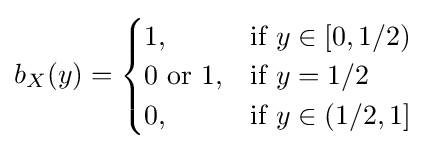
b_{X}(y)={\begin{cases}1,&{\mbox{if  }}y\in \left[0,1/2\right)\\0{\text{ or }}1,&{\mbox{if }}y=1/2\\0,&{\mbox{if  }}y\in \left(1/2,1\right]\end{cases}}